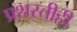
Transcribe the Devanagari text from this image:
प्रशस्तीही